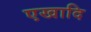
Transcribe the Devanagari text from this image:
एखादि